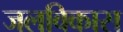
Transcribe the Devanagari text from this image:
जलविकास